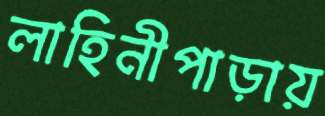
লাহিনীপাড়ায়